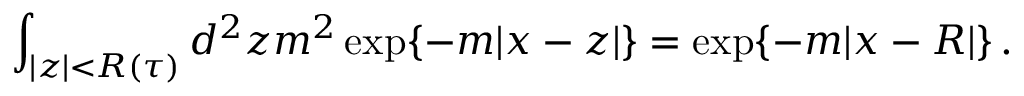
\int _ { | z | < R ( \tau ) } d ^ { 2 } z m ^ { 2 } \exp \{ - m | x - z | \} = \exp \{ - m | x - R | \} \, .